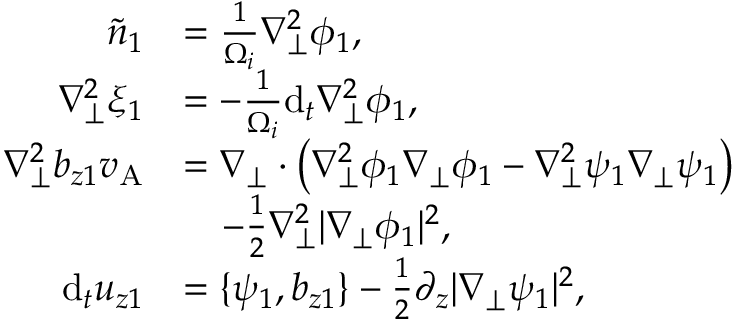
\begin{array} { r l } { \tilde { n } _ { 1 } } & { = \frac { 1 } { \Omega _ { i } } \nabla _ { \perp } ^ { 2 } \phi _ { 1 } , } \\ { \nabla _ { \perp } ^ { 2 } \xi _ { 1 } } & { = - \frac { 1 } { \Omega _ { i } } \mathrm { d } _ { t } \nabla _ { \perp } ^ { 2 } \phi _ { 1 } , } \\ { \nabla _ { \perp } ^ { 2 } b _ { z 1 } v _ { \mathrm { A } } } & { = \nabla _ { \perp } \cdot \left( \nabla _ { \perp } ^ { 2 } \phi _ { 1 } \nabla _ { \perp } \phi _ { 1 } - \nabla _ { \perp } ^ { 2 } \psi _ { 1 } \nabla _ { \perp } \psi _ { 1 } \right) } \\ & { \quad - \frac { 1 } { 2 } \nabla _ { \perp } ^ { 2 } | \nabla _ { \perp } \phi _ { 1 } | ^ { 2 } , } \\ { \mathrm { d } _ { t } u _ { z 1 } } & { = \{ \psi _ { 1 } , b _ { z 1 } \} - \frac { 1 } { 2 } \partial _ { z } | \nabla _ { \perp } \psi _ { 1 } | ^ { 2 } , } \end{array}